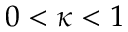
0 < \kappa < 1